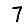
Digit: 7